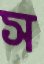
স